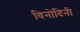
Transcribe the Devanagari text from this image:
विनोदिनी